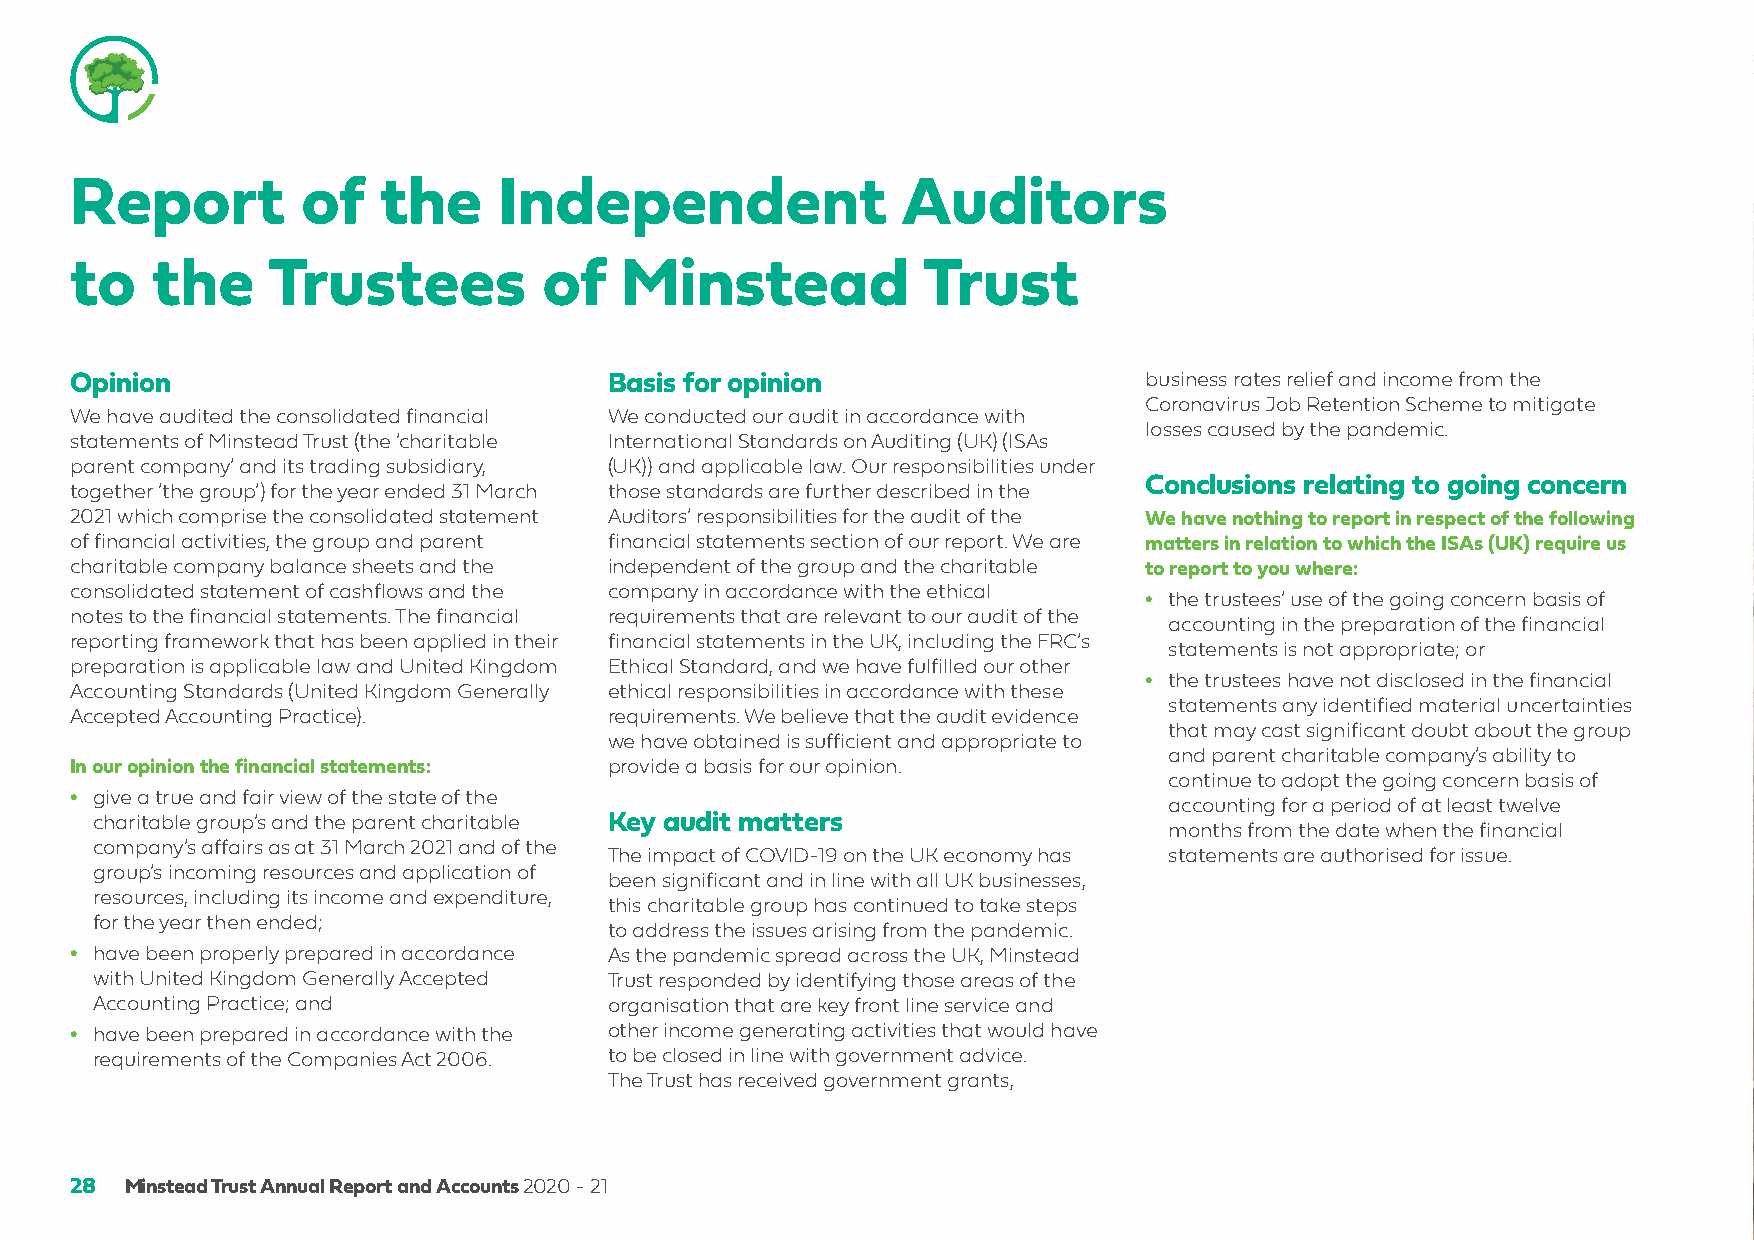
Report         of   the     Independent                Auditors
 to   the     Trustees          of   Minstead            Trust
 Opinion                            Basis for opinion                   business rates relief and income from the
 Coronavirus Job Retention Scheme to mitigate
 We have audited the consolidated financial We conducted our audit in accordance with
 losses caused by the pandemic.
 statements of Minstead Trust (the ‘charitable International Standards on Auditing (UK) (ISAs
 parent company’ and its trading subsidiary, (UK)) and applicable law. Our responsibilities under
 Conclusions relating to going concern
 together ‘the group’) for the year ended 31 March those standards are further described in the
 2021 which comprise the consolidated statement Auditors’ responsibilities for the audit of the We have nothing to report in respect of the following
 of financial activities, the group and parent financial statements section of our report. We are matters in relation to which the ISAs (UK) require us
 charitable company balance sheets and the independent of the group and the charitable to report to you where:
 consolidated statement of cashflows and the company in accordance with the ethical
 • the trustees’ use of the going concern basis of
 notes to the financial statements. The financial requirements that are relevant to our audit of the
 accounting in the preparation of the financial
 reporting framework that has been applied in their financial statements in the UK, including the FRC’s
 statements is not appropriate; or
 preparation is applicable law and United Kingdom Ethical Standard, and we have fulfilled our other
 • the trustees have not disclosed in the financial
 Accounting Standards (United Kingdom Generally ethical responsibilities in accordance with these
 statements any identified material uncertainties
 Accepted Accounting Practice).     requirements. We believe that the audit evidence
 that may cast significant doubt about the group
 we have obtained is sufficient and appropriate to
 and parent charitable company’s ability to
 In our opinion the financial statements: provide a basis for our opinion.
 continue to adopt the going concern basis of
 • give a true and fair view of the state of the
 accounting for a period of at least twelve
 charitable group’s and the parent charitable Key audit matters
 months from the date when the financial
 company’s affairs as at 31 March 2021 and of the
 The impact of COVID-19 on the UK economy has statements are authorised for issue.
 group’s incoming resources and application of
 been significant and in line with all UK businesses,
 resources, including its income and expenditure,
 this charitable group has continued to take steps
 for the year then ended;
 to address the issues arising from the pandemic.
 • have been properly prepared in accordance As the pandemic spread across the UK, Minstead
 with United Kingdom Generally Accepted Trust responded by identifying those areas of the
 Accounting Practice; and          organisation that are key front line service and
 • have been prepared in accordance with the other income generating activities that would have
 requirements of the Companies Act 2006. to be closed in line with government advice.
 The Trust has received government grants,
 28 Minstead Trust Annual Report and Accounts 2020 - 21